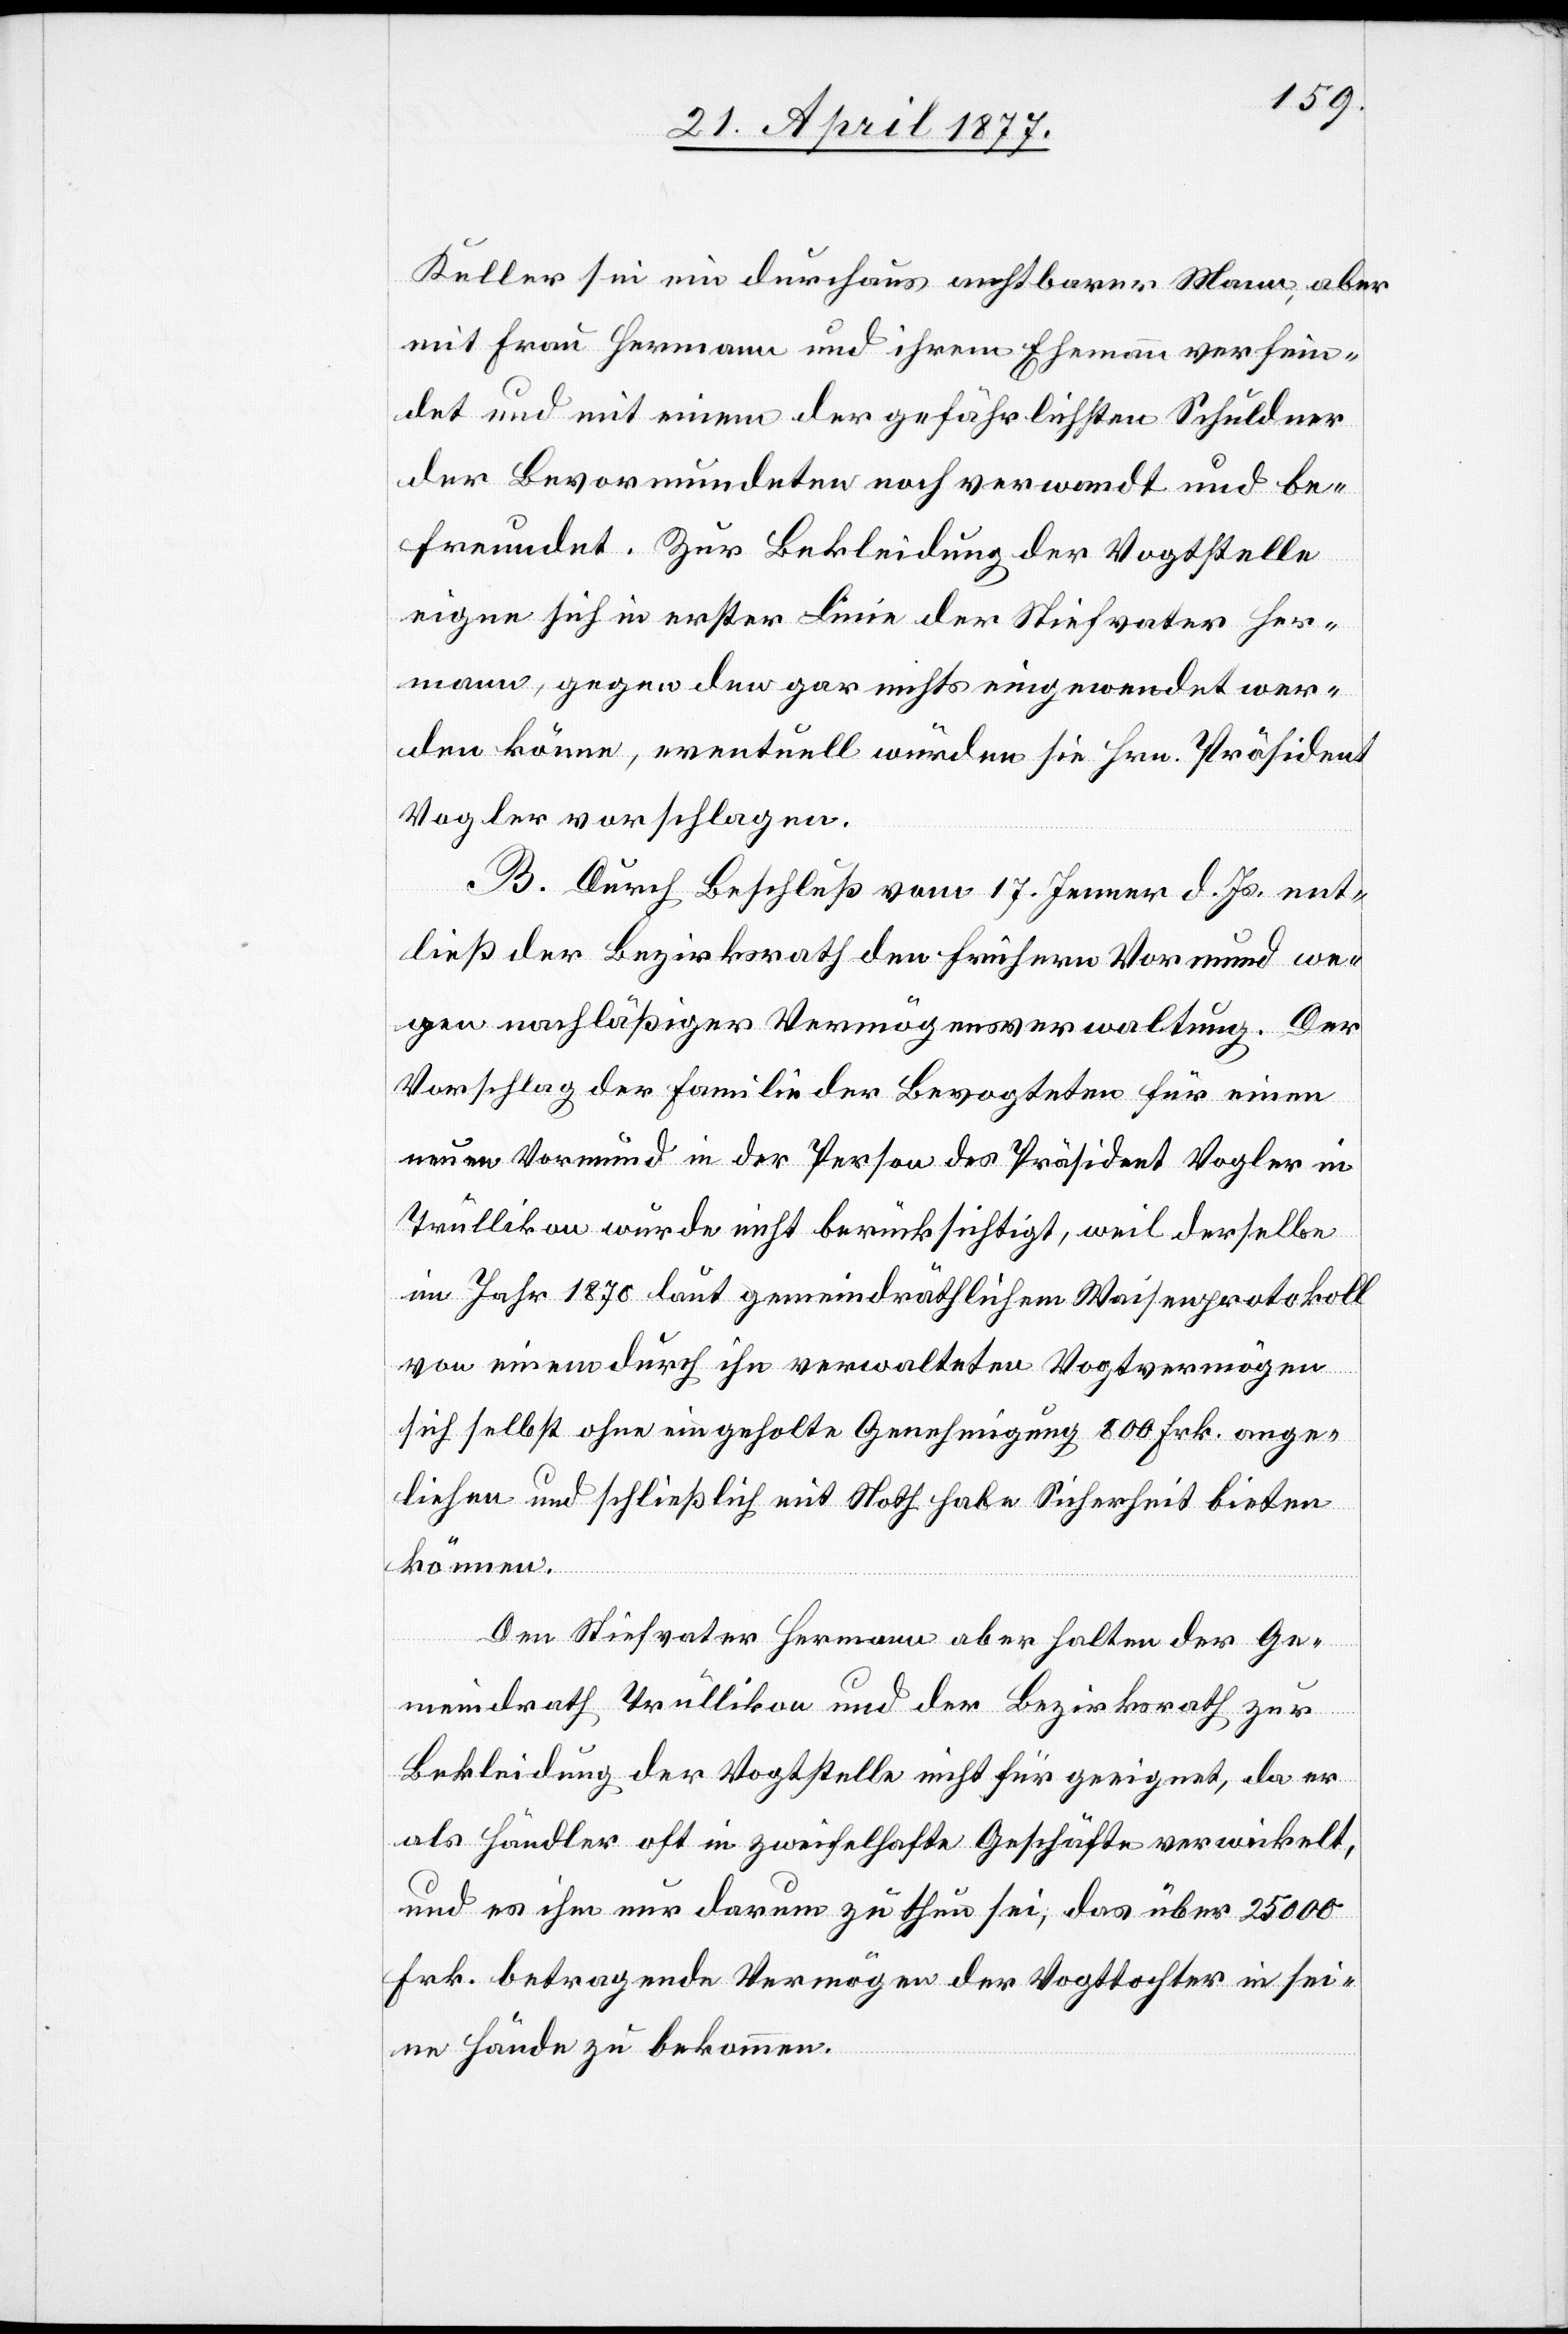
Keller sei ein durchaus achtbarer Mann, aber
mit Frau Hermann und ihrem Ehemann verfein¬
det und mit einem der gefährlichsten Schuldner
der Bevormundeten noch verwandt und be¬
freundet. Zur Bekleidung der Vogtstelle
eigne sich in erste Linie der Stiefvater Her¬
mann, gegen den gar nichts eingewendet wer¬
den könne, eventuell würden sie Hrn. Präsident
Vogler vorschlagen.
B. Durch Beschluß vom 17. Jenner d. Js. ent¬
ließ der Bezirksrath den frühern Vormund we¬
gen nachläßiger Vermögensverwaltung. Der
Vorschlag der Familie der Bevogteten für einen
neuen Vormund in der Person des Präsident Vogler in
Trüllikon [sic!] wurde nicht berücksichtigt, weil derselbe
im Jahr 1870 laut gemeindräthlichem Waisenprotokoll
von einem durch ihn verwalteten Vogtvermögen
sich selbst ohne eingeholte Genehmigung 800 Frk. ange¬
liehen und schließlich mit Noth habe Sicherheit bieten
können.
Den Stiefvater Hermann aber halten der Ge¬
meindrath Trüllikon und der Bezirksrath zur
Bekleidung der Vogtstelle nicht für geeignet, da er
als Händler oft in zweifelhafte Geschäfte verwickelt,
und es ihm nur darum zu thun sei, das über 25,000
Frk. betragende Vermögen der Vogttochter in sei¬
ne Hände zu bekommen.